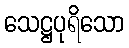
သေဋ္ဌပုရိသော